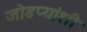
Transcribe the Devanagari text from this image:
जोडप्यांशी